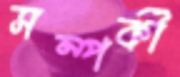
সম্পর্কী